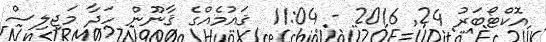
އޮކްޓޯބަރު 24